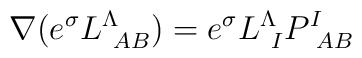
\nabla ( e^\sigma L^\Lambda_{\ AB})= e^\sigma L^\Lambda_{\ I}P^I_{\ AB}